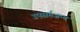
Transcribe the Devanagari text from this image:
उपसर्गजन्य